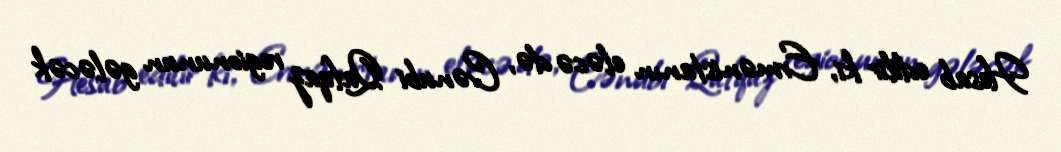
Hesab edilir ki, Ermənistanın eləcə də, Cənubi Qafqaz regionunun gələcək